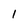
Character: l